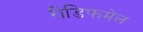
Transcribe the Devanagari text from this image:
रीडिफमेल